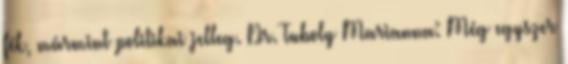
fék, mármint politikai jelleg. Dr. Tuboly Marianna: Még egyszer